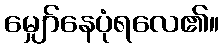
မျှော်နေပုံရလေ၏။